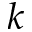
k